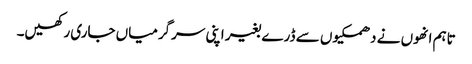
تاہم انھوں نے دھمکیوں سے ڈرے بغیر اپنی سرگرمیاں جاری رکھیں۔